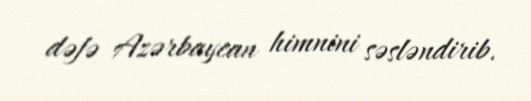
dəfə Azərbaycan himnini səsləndirib.